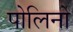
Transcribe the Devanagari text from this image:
पोलिनो